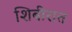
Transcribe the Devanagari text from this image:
शिबीरात